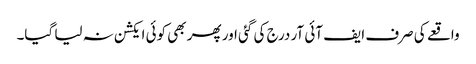
واقعے کی صرف ایف آئی آر درج کی گئی اور پھر بھی کوئی ایکشن نہ لیا گیا۔